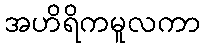
အဟိရိကမူလကာ